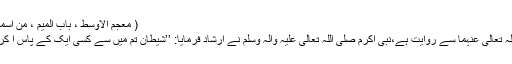
( معجم الاوسط ، باب المیم ، من اسمہ: محمد ، ۴ / ۳۸۳ ، الحدیث: ۶۳۱۹)
اور حضرت عبداللہ بن عمرو رَضِیَ اللہ تَعَالٰی عَنْہُمَا سے روایت ہے،نبیٔ اکرم صَلَّی اللہ تَعَالٰی عَلَیْہِ وَاٰلِہٖ وَسَلَّمَ نے ارشاد فرمایا: ’’شیطان تم میں سے کسی ایک کے پاس آ کر کہتا ہے: آسمان کو کس نے پیدا کیا؟